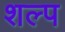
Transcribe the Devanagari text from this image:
शल्प